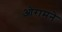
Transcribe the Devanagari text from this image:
ओरामने